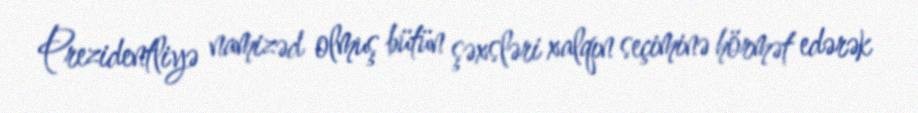
Prezidentliyə namizəd olmuş bütün şəxsləri xalqın seçiminə hörmət edərək